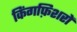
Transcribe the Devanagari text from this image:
किंगफ़िशरों